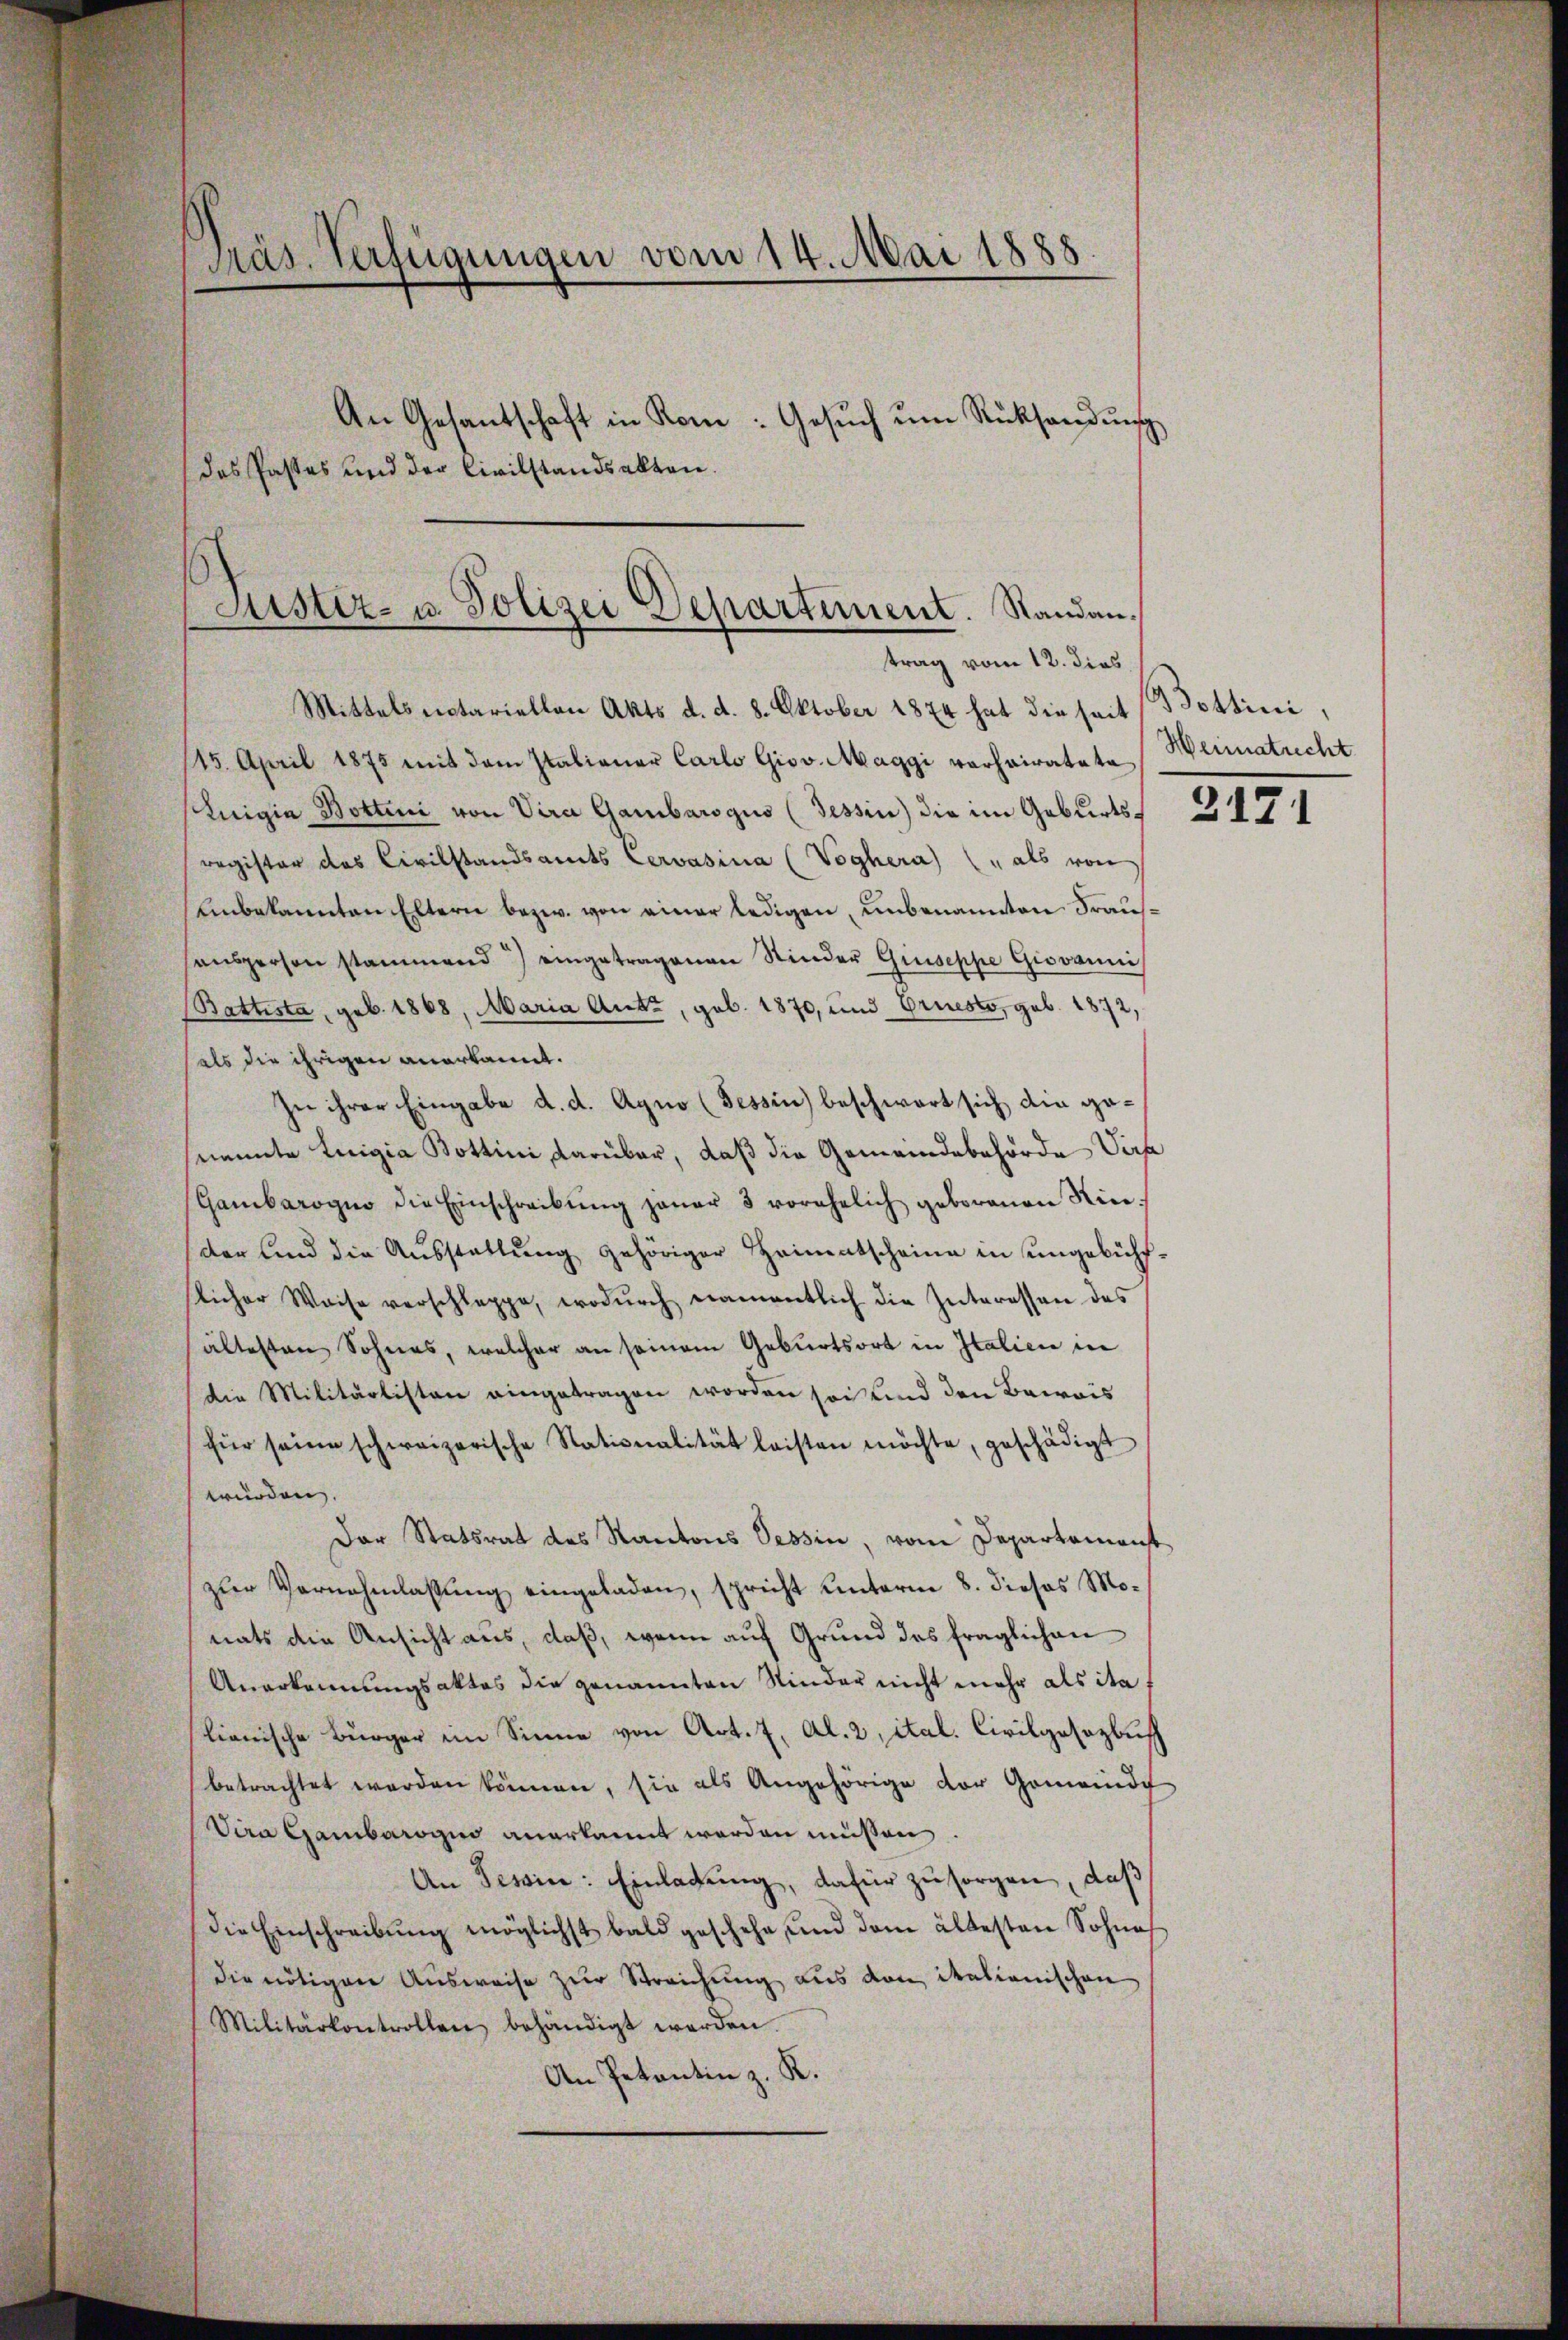
Präs. Verfügungen vom 14. Mai 1888
An Gesantschaft in Kone: Gesŭch ŭm Rücksendŭng
das Pastes und der Civilstandsakten.
Justiz- u. Polizei Departement. Standan¬

trag vom 12. dies
Mittels notariellen Akts d. d. 8. Oktober 1874 hat die seit

115. April 1875 mit dem Italiener Carlo Giov. Maggi vorheiratete
Luigia Bottini von Vira Gambarogus (Tessin) die im Geburts- 3474
register das Civilstandsamts Cervasina (Voghera) (" als von
Einbekannten Eltern bezw. von einer ledigen, unbenannten Fraussensperson stammend) eingetragenen Kinder Guiseppe Giovanni
Battista, geb. 1868, Maria Aute, geb. 1870, und Griesto, geb. 1872,
als die ihrigen anerkannt.
Zu ihrer Eingabe d. d. Agno (Tessin beschwart sich die genannte Luigia Bottini Darüber, daß die Gemeindebehörde Vera
(Gambarogno die Einschreibŭng jener 3 vorehelich geborenen Kinder und die Aŭsstellŭng gehöriger Heimentscheine in ungebühr-
slicher Waise verschleppe, wodŭrch namentlich die Interessen des
ältesten Sohnes, welcher an seinem Geburtsort in Italicie in
Die Militärlisten eingetragen worden sei und den Beweis
für seine schweizerische Stationalität leisten möchte, geschädigt
würden.
Der Statsrat des Kantons Tessin, vom Departamenst
zŭr Vernehmlassŭng eingeladen, spricht unterm 8. dieses Monats die Ansicht aus, daß, wenn auf Grund des fraglichen
Anerkennungsaktes die genannten Kinder nicht mehr als ita,
lianische Bürger im Sinne von Art. 7, Al. 2, ital. Civilgesezbusch
betrachtet werden können, sie als Angehörige der Gemeinde
Vira Gambarogin anerkannt worden müssen.
An Tessin: Einladung, dafür zu sorgen, daß
Die Einschreibŭng möglichst bald geschehe, und dem ältesten Sohne
die nötigen Ausweise zur Streichung aus den italionischen
Militärkontrollen behändigt werden.
An Petentin z. K.

Bottini
Heimatrecht